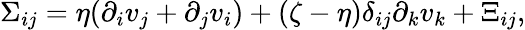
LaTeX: \Sigma_{ij}=\eta(\partial_{i}v_{j}+\partial_{j}v_{i})+(\zeta-\eta)\delta_{ij}\partial_{k}v_{k}+\Xi_{ij},